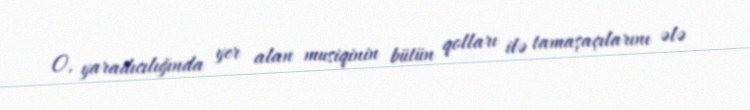
O, yaradıcılığında yer alan musiqinin bütün qolları ilə tamaşaçılarını ələ